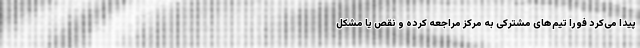
پیدا می‌کرد فورا تیم‌های مشترکی به مرکز مراجعه کرده و نقص یا مشکل